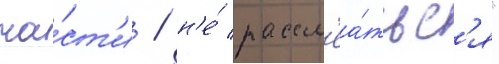
ча́ст'и / н'е́ рассм'еа́тьс'я"